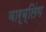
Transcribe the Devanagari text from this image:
वार्ब्लिंग